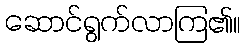
ဆောင်ရွက်လာကြ၏။